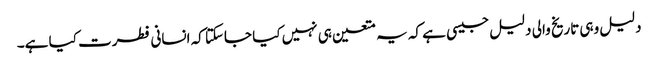
دلیل وہی تاریخ والی دلیل جیسی ہے کہ یہ متعین ہی نہیں کیا جاسکتا کہ انسانی فطرت کیا ہے۔